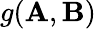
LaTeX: g({\mathbf A},{\mathbf B})